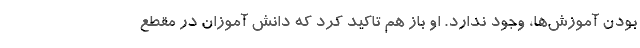
بودن آموزش‌ها، وجود ندارد. او باز هم تاکید کرد که دانش آموزان در مقطع